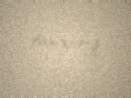
tanıyırıq.